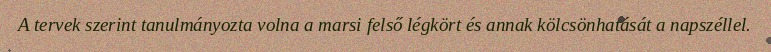
A tervek szerint tanulmányozta volna a marsi felső légkört és annak kölcsönhatását a napszéllel.